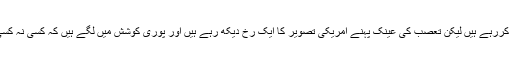
حقیقت یہ ہے کہ افغان دارالحکومت کابل میں بھی طالبان گھس کر کارروائیاں کررہے ہیں لیکن تعصب کی عینک پہنے امریکی تصویر کا ایک رخ دیکھ رہے ہیں اور پوری کوشش میں لگے ہیں کہ کسی نہ کسی طریقے افغانستان میں ناکامی کا ملبہ پاکستان پر ڈال کر جان چھڑائی جائے ۔